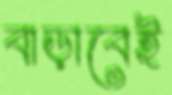
বাড়াবেই